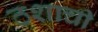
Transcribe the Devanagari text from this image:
ठशाची